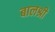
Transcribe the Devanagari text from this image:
बालश्री